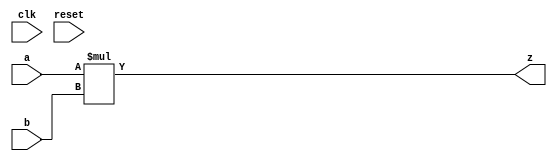
`timescale 1ns / 1ps

module MULT(
    input clk,
    input reset,
    input [31:0] a,
    input [31:0] b,
    output [63:0] z
    );
    assign z=a*b;
//    reg [63:0]temp;
//    reg [63:0] stored0;
//         reg [63:0] stored1;
//         reg [63:0] stored2;
//         reg [63:0] stored3;
//         reg [63:0] stored4;
//         reg [63:0] stored5; 
//         reg [63:0] stored6;
//         reg [63:0] stored7;
//         reg [63:0] stored8;
//         reg [63:0] stored9;
//         reg [63:0] stored10;
//         reg [63:0] stored11;
//         reg [63:0] stored12;
//         reg [63:0] stored13; 
//         reg [63:0] stored14;
//         reg [63:0] stored15;
//         reg [63:0] stored16;
//         reg [63:0] stored17;
//         reg [63:0] stored18;
//         reg [63:0] stored19;
//         reg [63:0] stored20;
//         reg [63:0] stored21; 
//         reg [63:0] stored22;
//         reg [63:0] stored23;
//         reg [63:0] stored24;
//         reg [63:0] stored25;
//         reg [63:0] stored26;
//         reg [63:0] stored27;
//         reg [63:0] stored28;
//         reg [63:0] stored29; 
//         reg [63:0] stored30;
//         reg [63:0] stored31;
        
//        assign z = stored0+stored1+stored2+stored3+stored4+stored5+stored6+stored7
//            +stored8+stored9+stored10+stored11+stored12+stored13+stored14+stored15+
//            stored16+stored17+stored18+stored19+stored20+stored21+stored22+stored23+
//            stored24+stored25+stored26+stored27+stored28+stored29+stored30-stored31;
            
//        always @(negedge clk or posedge reset)
//        begin
//            if(reset)
//            begin
//             temp <= 0;
//             stored0 <= 0;
//             stored1 <= 0;
//             stored2 <= 0;
//             stored3 <= 0;
//             stored4 <= 0;
//             stored5 <= 0;
//             stored6 <= 0;
//             stored7 <= 0;
//             stored8 <= 0;
//             stored9 <= 0;
//             stored10 <= 0;
//             stored11 <= 0;
//             stored12 <= 0;
//             stored13 <= 0;
//             stored14 <= 0;
//             stored15 <= 0; 
//             stored16 <= 0;
//             stored17 <= 0;
//             stored18 <= 0;
//             stored19 <= 0;
//             stored20 <= 0;
//             stored21 <= 0;
//             stored22 <= 0;
//             stored23 <= 0; 
//             stored24 <= 0;
//             stored25 <= 0;
//             stored26 <= 0;
//             stored27 <= 0;
//             stored28 <= 0;
//             stored29 <= 0;
//             stored30 <= 0;
//             stored31 <= 0;
//            end
//            else
//            begin
//            stored0 <= b[0] ? {{32{a[31]}}, a} : 'b0;
//            stored1 <= b[1] ? {{31{a[31]}}, a, 1'b0} : 'b0;
//            stored2 <= b[2] ? {{30{a[31]}}, a, 2'b0} : 'b0;
//            stored3 <= b[3] ? {{29{a[31]}}, a, 3'b0} : 'b0;
//            stored4 <= b[4] ? {{28{a[31]}}, a, 4'b0} : 'b0;
//            stored5 <= b[5] ? {{27{a[31]}}, a, 5'b0} : 'b0;
//            stored6 <= b[6] ? {{26{a[31]}}, a, 6'b0} : 'b0;
//            stored7 <= b[7] ? {{25{a[31]}}, a, 7'b0} : 'b0;
//            stored8 <= b[8] ? {{24{a[31]}}, a, 8'b0} : 'b0;
//            stored9 <= b[9] ? {{23{a[31]}}, a, 9'b0} : 'b0;
//            stored10 <= b[10] ? {{22{a[31]}}, a, 10'b0} : 'b0;
//            stored11 <= b[11] ? {{21{a[31]}}, a, 11'b0} : 'b0;
//            stored12 <= b[12] ? {{20{a[31]}}, a, 12'b0} : 'b0;
//            stored13 <= b[13] ? {{19{a[31]}}, a, 13'b0} : 'b0;
//            stored14 <= b[14] ? {{18{a[31]}}, a, 14'b0} : 'b0;
//            stored15 <= b[15] ? {{17{a[31]}}, a, 15'b0} : 'b0;
//            stored16 <= b[16] ? {{16{a[31]}}, a, 16'b0} : 'b0;
//            stored17 <= b[17] ? {{15{a[31]}}, a, 17'b0} : 'b0;
//            stored18 <= b[18] ? {{14{a[31]}}, a, 18'b0} : 'b0;
//            stored19 <= b[19] ? {{13{a[31]}}, a, 19'b0} : 'b0;
//            stored20 <= b[20] ? {{12{a[31]}}, a, 20'b0} : 'b0;
//            stored21 <= b[21] ? {{11{a[31]}}, a, 21'b0} : 'b0;
//            stored22 <= b[22] ? {{10{a[31]}}, a, 22'b0} : 'b0;
//            stored23 <= b[23] ? {{9{a[31]}}, a, 23'b0} : 'b0;
//            stored24 <= b[24] ? {{8{a[31]}}, a, 24'b0} : 'b0;
//            stored25 <= b[25] ? {{7{a[31]}}, a, 25'b0} : 'b0;
//            stored26 <= b[26] ? {{6{a[31]}}, a, 26'b0} : 'b0;
//            stored27 <= b[27] ? {{5{a[31]}}, a, 27'b0} : 'b0;
//            stored28 <= b[28] ? {{4{a[31]}}, a, 28'b0} : 'b0;
//            stored29 <= b[29] ? {{3{a[31]}}, a, 29'b0} : 'b0;
//            stored30 <= b[30] ? {{2{a[31]}}, a, 30'b0} : 'b0;
//            stored31 <= b[31] ? {{1{a[31]}}, a, 31'b0} : 'b0;     
             
//            end
//        end
     
endmodule